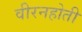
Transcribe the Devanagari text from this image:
वीरनहोती